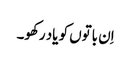
اِن باتوں کو یاد رکھو۔